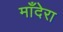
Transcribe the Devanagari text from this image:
माँदेरा